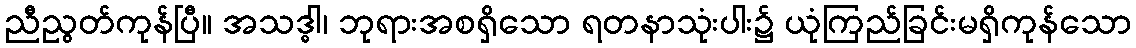
ညီညွတ်ကုန်ပြီ။ အသဒ္ဓါ၊ ဘုရားအစရှိသော ရတနာသုံးပါး၌ ယုံကြည်ခြင်းမရှိကုန်သော